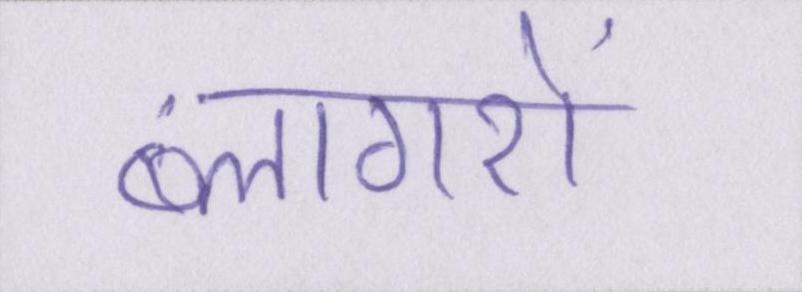
ब्लागरों